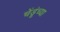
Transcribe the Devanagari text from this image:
चेंडूंच्या